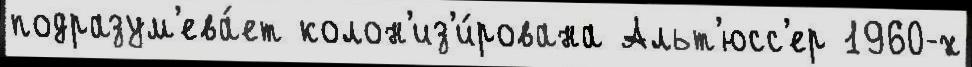
подразум'ева́ет колон'из'и́рована Альт'юсс'ер 1960-х